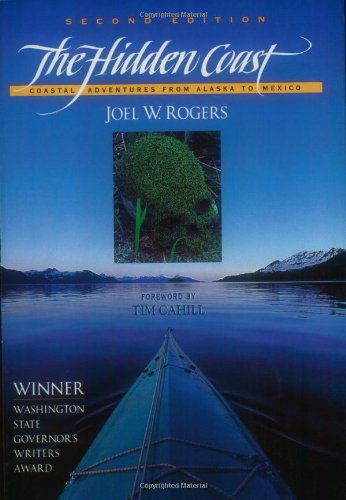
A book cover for The Hidden Coast: Coastal Adventures from Alaska to Me; Joel W Rogers; Sports & Outdoors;